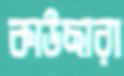
কাউছারা